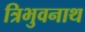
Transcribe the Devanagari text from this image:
त्रिभुवनाथ